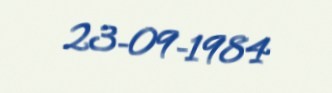
23-09-1984